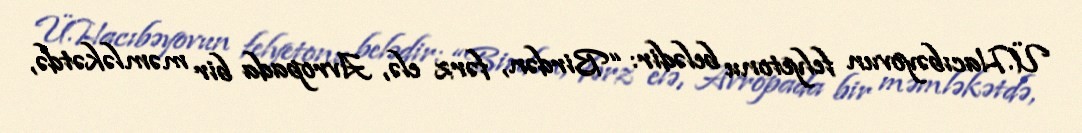
Ü.Hacıbəyovun felyetonu belədir: “Birdən, fərz elə, Avropada bir məmləkətdə,